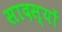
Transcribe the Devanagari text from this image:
सादस्यों